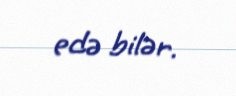
edə bilər.